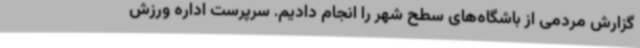
گزارش مردمی از باشگاه‌های سطح شهر را انجام دادیم. سرپرست اداره ورزش